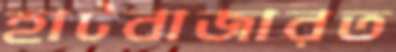
হাটবাজারত